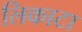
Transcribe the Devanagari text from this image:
लिकाटा